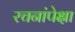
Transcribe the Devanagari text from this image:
रचनांपेक्षा